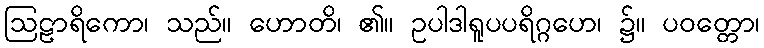
ဩဠာရိကော၊ သည်။ ဟောတိ၊ ၏။ ဥပါဒါရူပပရိဂ္ဂဟေ၊ ၌။ ပဝတ္တော၊